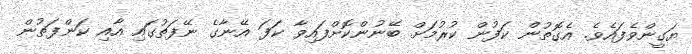
ޔަގީންވެފައެވެ. އެގޮތުން ކަފުން ކުރުމަށް ބޭނުންކޮށްފައިވާ ކަފަ އޭނާގެ ނޭފަތުގައި އާއި ކަންފަތުން